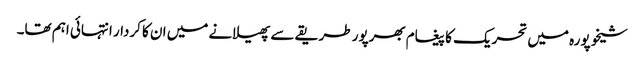
شیخوپورہ میں تحریک کا پیغام بھرپور طریقے سے پھیلانے میں ان کا کردار انتہائی اہم تھا۔